Vaccination North-Western Provinces and Oudh 1878-1895 - 1878-1895
Year: 1878
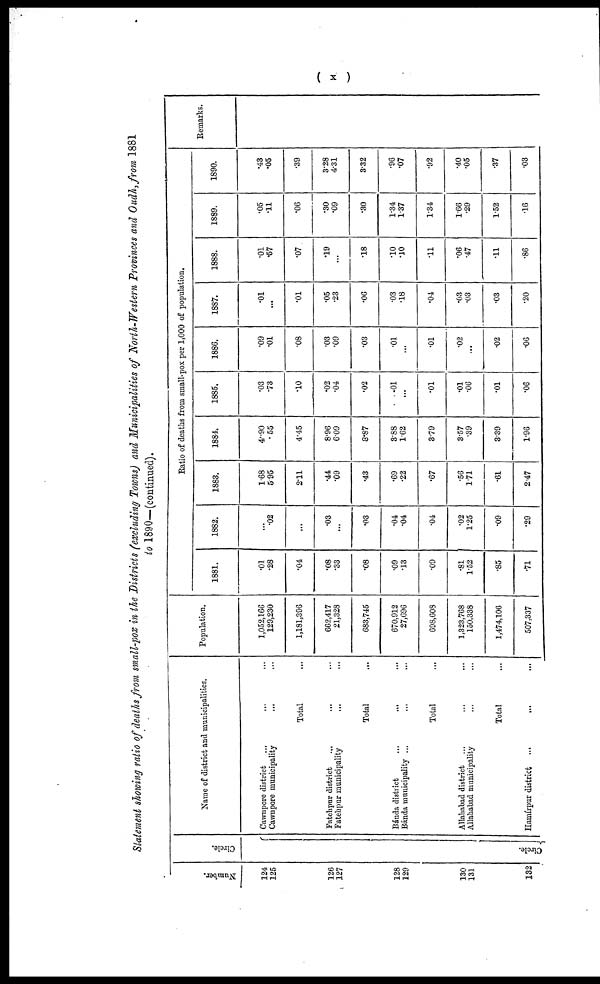
( x )
Statement showing ratio of deaths from small-pox in the Districts (excluding Towns) and Municipalities of North-Western Provinces and Oudh, from 1881
to 1890—(continued).
Number.
124
125
126
127
128
129
130
131
132
Circle.
Circle.
Name of district and municipalities.
Cawnpore district
Cawnpore municipality
Total
Fatehpur district
Fatehpur municipality
Total
Bánda district
Bánda municipality
Total
Allahabad district
Allahabad municipality
Total
Hamírpur district
Population.
1,052,166
129,230
1,181,396
662,417
21,328
683,745
670,912
27,696
608,608
1,323,768
150,338
1,474,106
507,337
Ratio of deaths from small-pox per 1,000 of population.
1881.
.01
.28
.04
.08
.33
.08
.09
.13
.09
.81
1.52
.85
.71
1882.
...
.02
...
.03
...
.03
.04
.04
.04
.02
1.25
.09
.29
1883.
1.68
5.95
2.11
.44
.09
.43
.69
.22
.67
.56
1.71
.61
2.47
1884.
4.90
.55
4.45
8.96
6.09
8.87
8.88
1.62
3.79
3.57
.39
3.39
1.96
1885.
.03
.73
.10
.02
.04
.02
.01
...
.01
.01
.06
.01
.06
1886.
.09
.01
.08
.03
.09
.03
.01
...
.01
.02
...
.02
.06
1887.
.01
...
.01
.05
.23
.06
.03
.18
.04
.03
.03
.03
.20
1888.
.01
.57
.07
.19
...
.18
.10
.10
.11
.06
.47
.11
.86
1889.
.05
.11
.06
.30
.09
.30
1.34
1.37
1.34
1.66
.29
1.52
.16
1890.
.43
.05
.39
3.28
4.31
3.32
.96
.07
.92
.40
.05
.37
.03
Remarks.